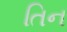
તિન